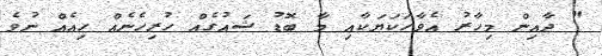
" ދާއިން މިހާރު އެވާހަކަޔަކާއި މާ ބޮޑު ޝައުގެއް ހުރިހެނެއް ހިއެއް ނުވެ